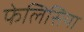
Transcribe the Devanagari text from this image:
फेलिसिया